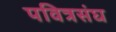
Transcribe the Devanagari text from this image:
पवित्रसंघ